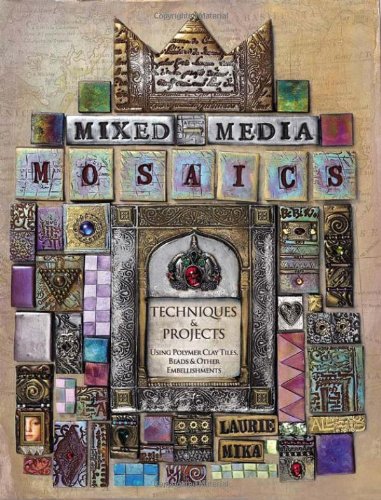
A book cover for Mixed-Media Mosaics: Techniques and Projects Using Polymer Clay Tiles, Beads & Other Embellishments; Laurie Mika; Crafts, Hobbies & Home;